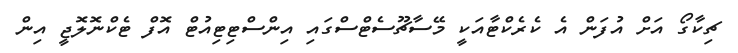
ޗިކާގޯ އަށް އުފަން އެ ކެރެކްޓާއަކީ މޭސާޗޫސެޓްސްގައި އިންސްޓިޓިއުޓް އޮފް ޓެކްނޮލޮޖީ އިން